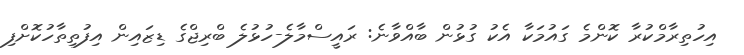
އިހުތިރާމްކުރާ ކޮންމެ ގައުމަކާ އެކު ގުޅުން ބާއްވާނެ: ރައީސްމާލެ-ހުޅުލެ ބްރިޖްގެ ޑިޒައިން އިފުތިތާހުކޮށްފި